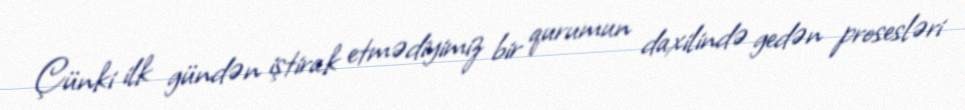
Çünki ilk gündən iştirak etmədiyimiz bir qurumun daxilində gedən prosesləri